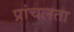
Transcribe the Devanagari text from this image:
प्रांचलता